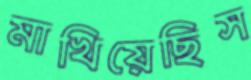
মাখিয়েছিস